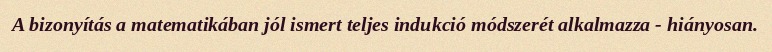
A bizonyítás a matematikában jól ismert teljes indukció módszerét alkalmazza - hiányosan.